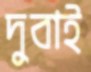
দুবাই